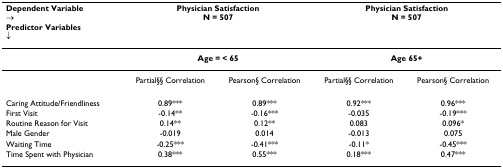
<table><thead><tr><td><b>Dependent Variable→Predictor Variables↓</b></td><td colspan="2"><b>Physician SatisfactionN = 507</b></td><td colspan="2"><b>Physician SatisfactionN = 507</b></td></tr></thead><tbody><tr><td></td><td colspan="2"><b>Age = &lt; 65</b></td><td colspan="2"><b>Age 65+</b></td></tr><tr><td></td><td>Partial§§ Correlation</td><td>Pearson§ Correlation</td><td>Partial§§ Correlation</td><td>Pearson§ Correlation</td></tr><tr><td>Caring Attitude/Friendliness</td><td>0.89***</td><td>0.89***</td><td>0.92***</td><td>0.96***</td></tr><tr><td>First Visit</td><td>-0.14**</td><td>-0.16***</td><td>-0.035</td><td>-0.19***</td></tr><tr><td>Routine Reason for Visit</td><td>0.14**</td><td>0.12**</td><td>0.083</td><td>0.096*</td></tr><tr><td>Male Gender</td><td>-0.019</td><td>0.014</td><td>-0.013</td><td>0.075</td></tr><tr><td>Waiting Time</td><td>-0.25***</td><td>-0.41***</td><td>-0.11*</td><td>-0.45***</td></tr><tr><td>Time Spent with Physician</td><td>0.38***</td><td>0.55***</td><td>0.18***</td><td>0.47***</td></tr></tbody></table>